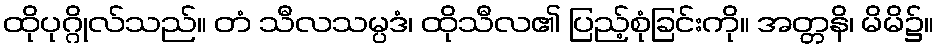
ထိုပုဂ္ဂိုလ်သည်။ တံ သီလသမ္ပဒံ၊ ထိုသီလ၏ ပြည့်စုံခြင်းကို။ အတ္တနိ၊ မိမိ၌။